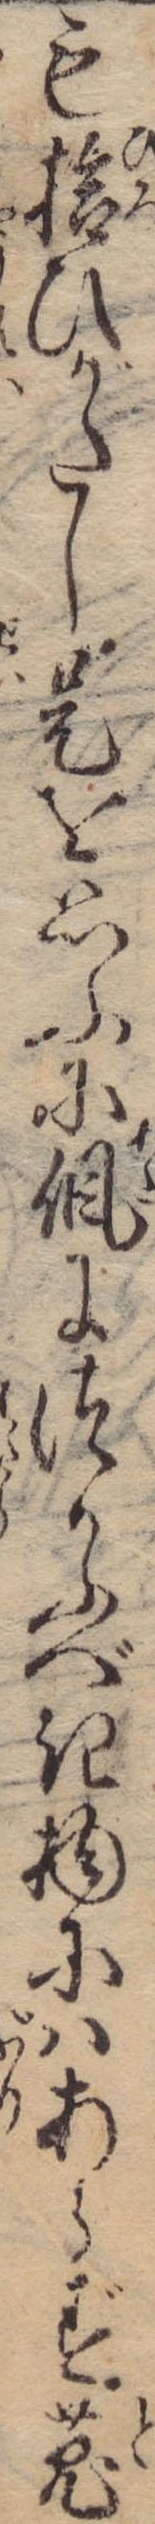
も拾ひがたし是を思ふににつかふべき物にはあらず兎